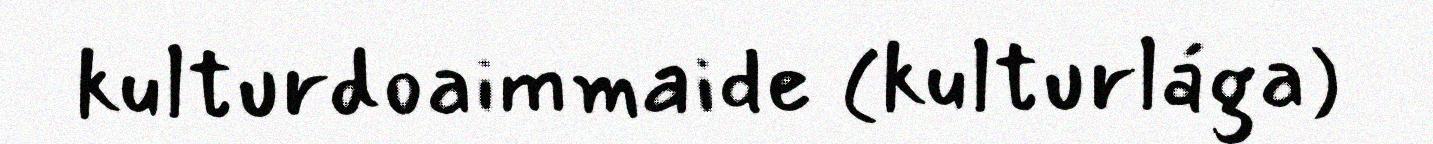
kulturdoaimmaide (kulturlága)